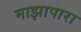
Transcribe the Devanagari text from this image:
माझापारा